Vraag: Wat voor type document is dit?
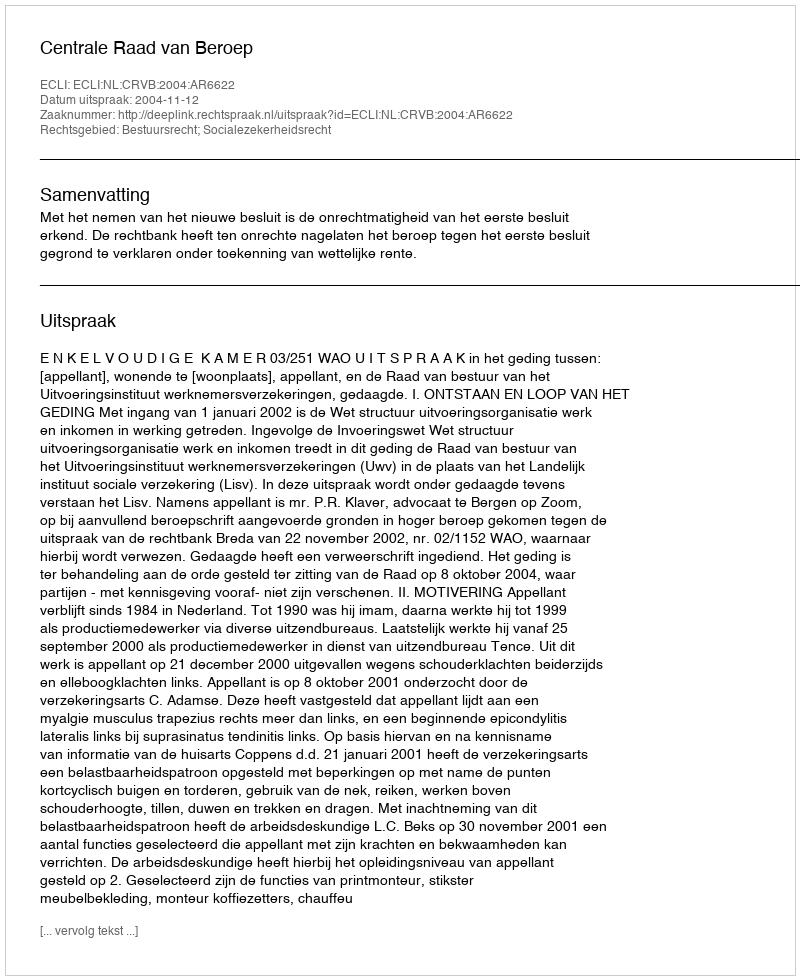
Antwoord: Uitspraak